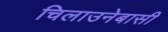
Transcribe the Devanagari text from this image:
चिलाउनेबासी